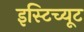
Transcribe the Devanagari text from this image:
इस्‍टिच्‍यूट